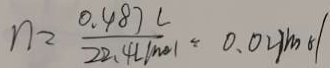
n = \frac { 0 . 4 8 7 L } { 2 2 . 4 L m o l } = 0 . 0 2 m o l